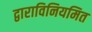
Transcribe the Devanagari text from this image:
द्वाराविनियमित